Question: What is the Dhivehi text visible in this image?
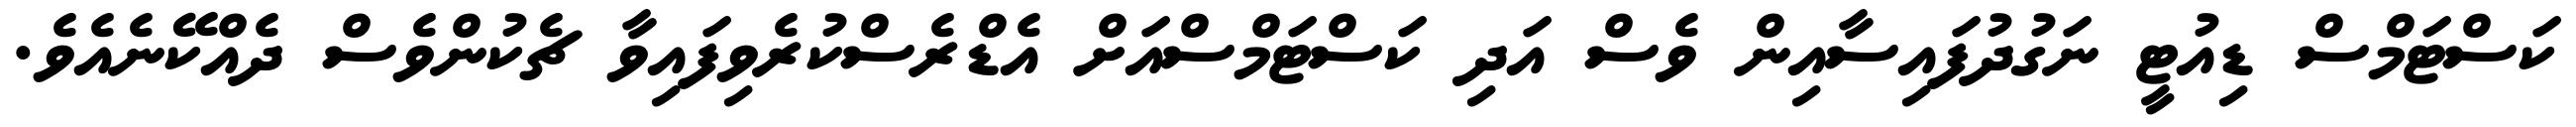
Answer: ކަސްޓަމްސް ޑިއުޓީ ނަގުދުފައިސާއިން ވެސް އަދި ކަސްޓަމްސްއަށް އެޑްރެސްކުރެވިފައިވާ ޗެކުންވެސް ދެއްކޭނެއެވެ.